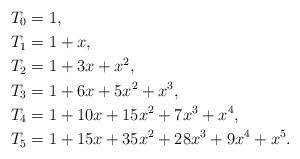
LaTeX: \begin{align*}T_0&=1,\\ T_1&=1+x,\\T_2&=1+3x+x^2,\\T_3&=1+6x+5x^2+x^3,\\T_4&=1+10x+15x^2+7x^3+x^4,\\T_5&=1+15x+35x^2+28x^3+9x^4+x^5.\end{align*}